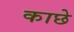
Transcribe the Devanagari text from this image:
काछे